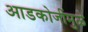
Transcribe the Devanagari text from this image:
आडकोजींमुळे